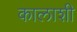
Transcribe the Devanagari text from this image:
कालाशी